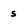
Character: s